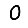
Digit: 0